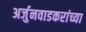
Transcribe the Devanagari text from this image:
अर्जुनवाडकरांच्या